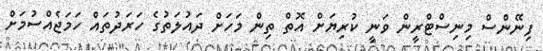
ފިނޭންސް މިނިސްޓްރީން ވަނީ ކުރިޔަށް އޮތް ތިން މަހަށް ދައުލަތުގެ ހަރަދުތައް ހަމަޖެއްސުމަށް